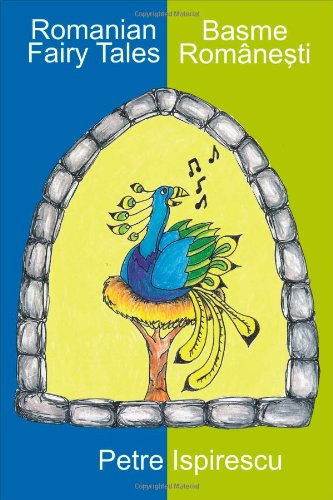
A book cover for Romanian Fairy Tales; Children's Books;